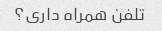
تلفن همراه داری؟